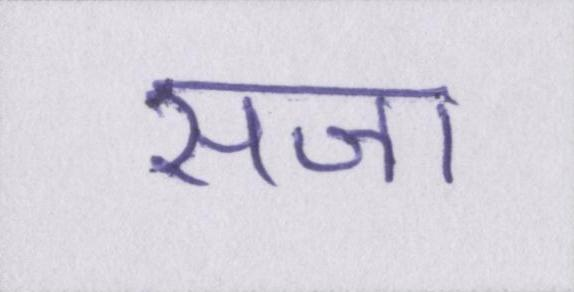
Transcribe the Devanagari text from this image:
सजा